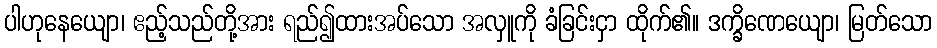
ပါဟုနေယျော၊ ဧည့်သည်တို့အား ရည်၍ထားအပ်သော အလှူကို ခံခြင်းငှာ ထိုက်၏။ ဒက္ခိဏေယျော၊ မြတ်သော